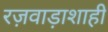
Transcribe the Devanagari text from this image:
रज़वाड़ाशाही